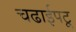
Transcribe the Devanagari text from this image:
चढाईपटू